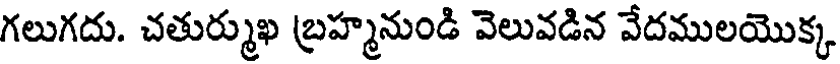
గలుగదు. చతుర్ముఖ బ్రహ్మనుండి వెలువడిన వేదములయొక్క